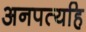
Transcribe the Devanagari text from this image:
अनपत्यहि